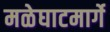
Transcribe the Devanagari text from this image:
मळेघाटमार्गे